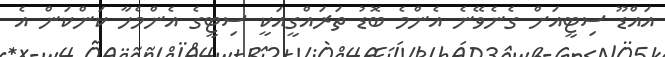
އައްޑޫ ސިޓީއަށް ގެނެވޭނެ އެންމެ ބޮޑު ތަރައްގީއަކީ ސިޓީގެ އެންމެހާ ކަންކަން އެ